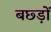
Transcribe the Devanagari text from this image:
बछ्ड़ों